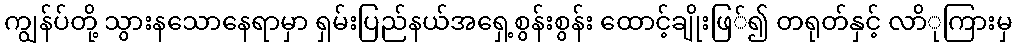
ကျွန်ပ်တို့ သွားနသောနေရာမှာ ရှမ်းပြည်နယ်အရှေ့စွန်းစွန်း ထောင့်ချိုးဖြ်၍ တရုတ်နှင့် လာိုကြားမှ